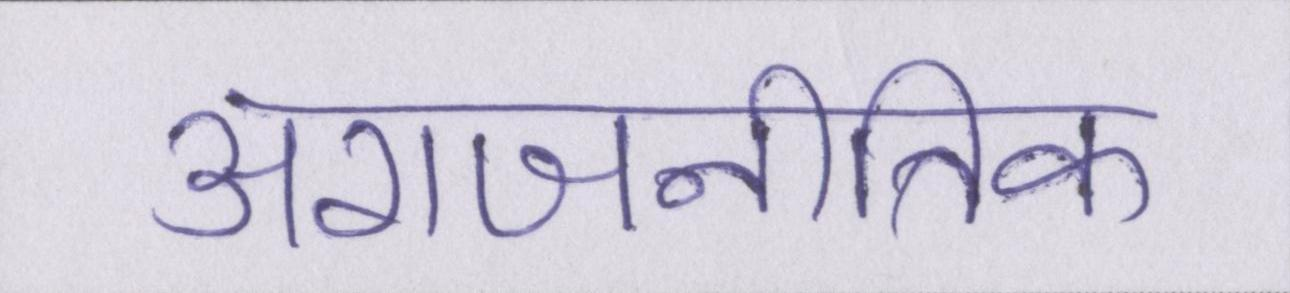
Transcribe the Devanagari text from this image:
अराजनीतिक